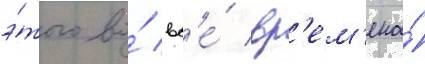
э́того во́ вс'е́ вр'ем'ена́